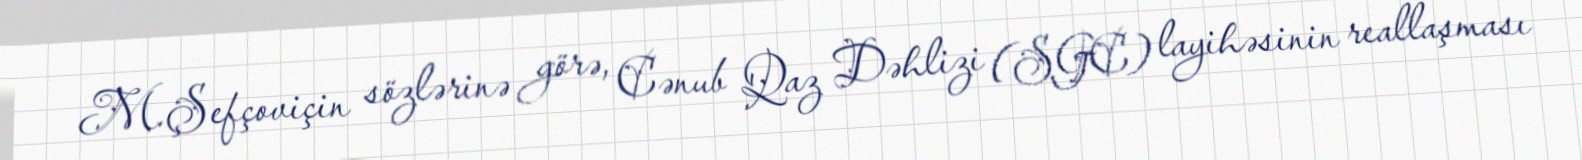
M.Şefçoviçin sözlərinə görə, Cənub Qaz Dəhlizi (SGC) layihəsinin reallaşması